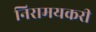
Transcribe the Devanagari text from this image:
निरामयकरी